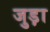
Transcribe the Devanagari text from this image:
जुड़़ा